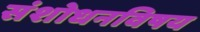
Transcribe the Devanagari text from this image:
संशोधनविषय